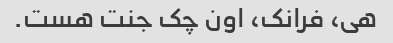
هی، فرانک، اون چک جنت هست.